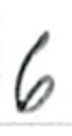
Text: 6
Cross-out: clean
Writing tool: ballpoint